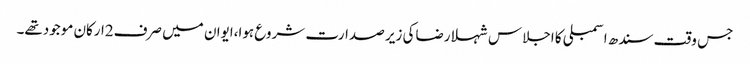
جس وقت سندھ اسمبلی کا اجلاس شہلا رضاکی زیر صدارت شروع ہوا،ایوان میں صرف2ارکان موجودتھے۔